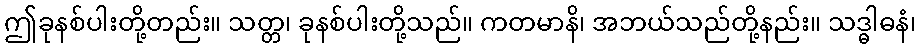
ဤခုနစ်ပါးတို့တည်း။ သတ္တ၊ ခုနစ်ပါးတို့သည်။ ကတမာနိ၊ အဘယ်သည်တို့နည်း။ သဒ္ဓါဓနံ၊